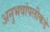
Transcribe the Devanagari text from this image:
अनुभवांपलीकडे